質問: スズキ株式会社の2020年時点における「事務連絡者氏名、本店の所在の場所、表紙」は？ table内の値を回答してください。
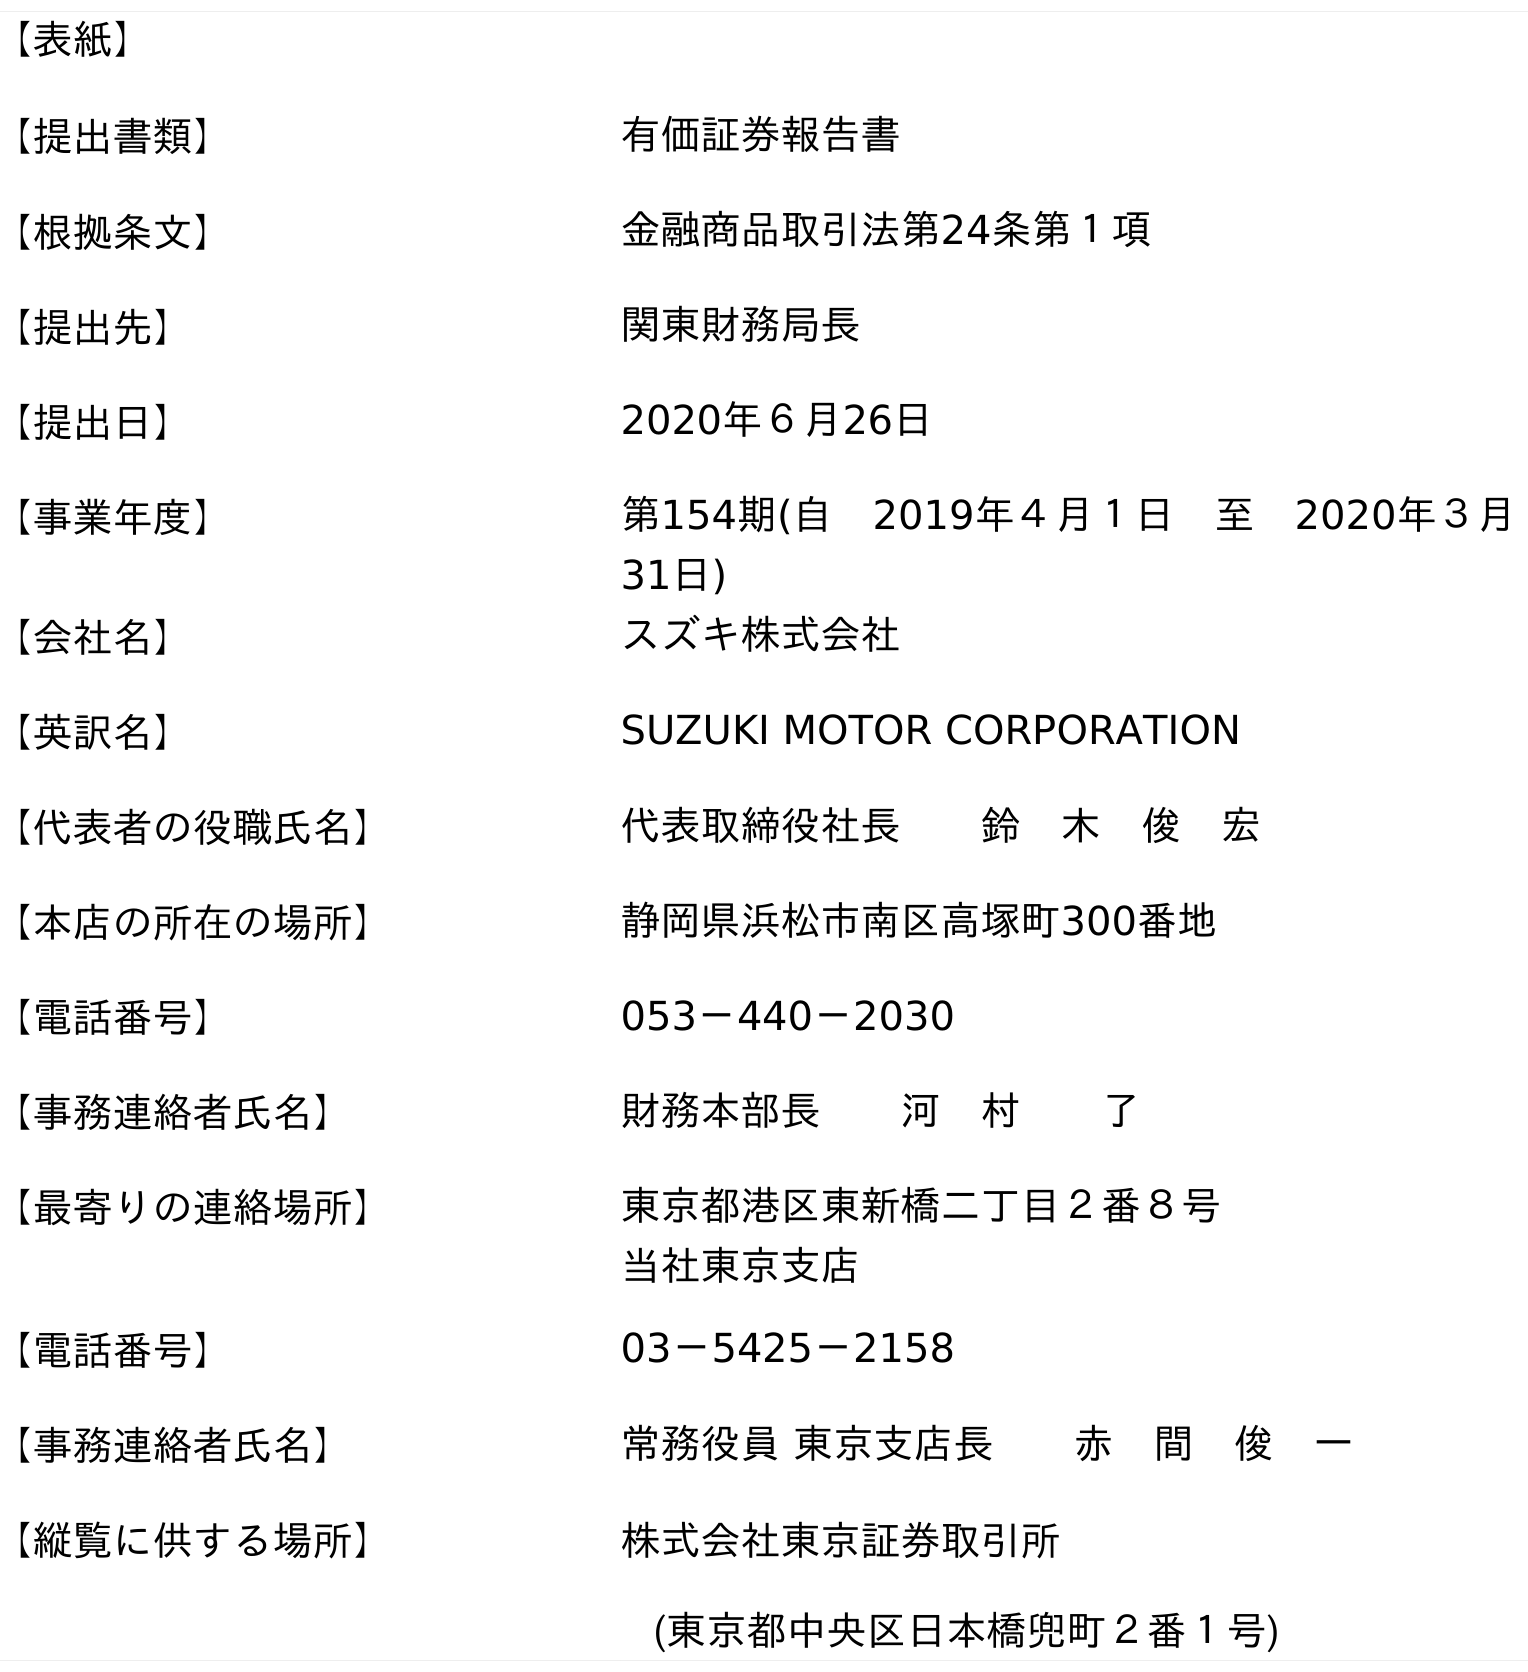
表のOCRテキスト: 【表紙】 【提出書類】 有価証券報告書 【根拠条文】 金融商品取引法第24条第１項 【提出先】 関東財務局長 【提出日】 2020年６月26日 【事業年度】 第154期(自 2019年４月１日 至 2020年３月 31日) 【会社名】 スズキ株式会社 【英訳名】 SUZUKI MOTOR CORPORATION 【代表者の役職氏名】 代表取締役社長  鈴 木 俊 宏 【本店の所在の場所】 静岡県浜松市南区高塚町300番地 【電話番号】 053－440－2030 【事務連絡者氏名】 財務本部長  河 村  了 【最寄りの連絡場所】 東京都港区東新橋二丁目２番８号 当社東京支店 【電話番号】 03－5425－2158 【事務連絡者氏名】 常務役員 東京支店長  赤 間 俊 一 【縦覧に供する場所】 株式会社東京証券取引所 (東京都中央区日本橋兜町２番１号)
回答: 財務本部長河　村了